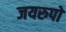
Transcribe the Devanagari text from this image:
जयरुपो